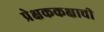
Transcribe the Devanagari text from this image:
प्रेक्षककक्षाची